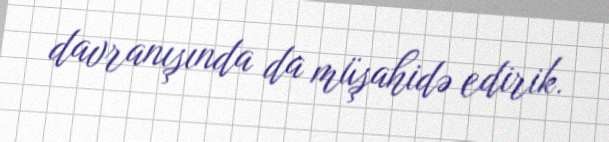
davranışında da müşahidə edirik.